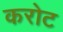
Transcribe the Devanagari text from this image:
करोट